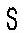
S